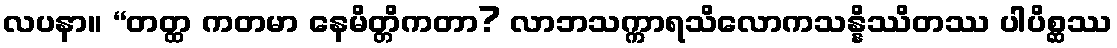
လပနာ။ “တတ္ထ ကတမာ နေမိတ္တိကတာ? လာဘသက္ကာရသိလောကသန္နိဿိတဿ ပါပိစ္ဆဿ